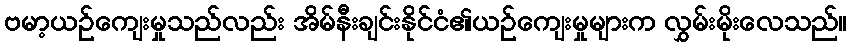
ဗမာ့ယဉ်ကျေးမှုသည်လည်း အိမ်နီးချင်းနိုင်ငံ၏ယဉ်ကျေးမှုများက လွှမ်းမိုးလေသည်။